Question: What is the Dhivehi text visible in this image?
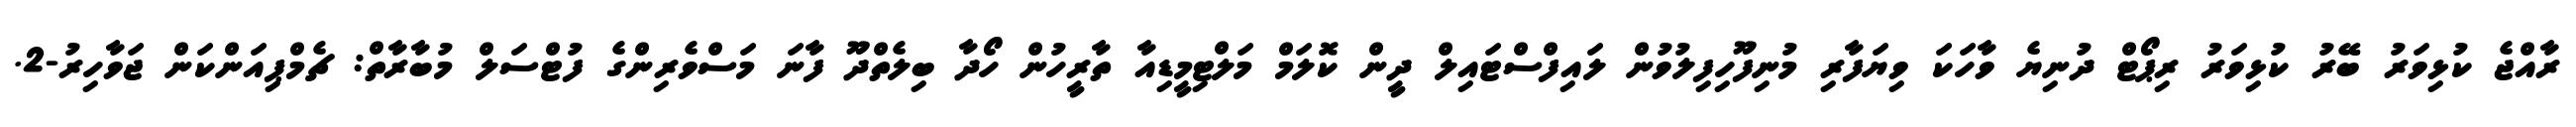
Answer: ރާއްޖެ ކުޅިވަރު ބޭރު ކުޅިވަރު ރިޕޯޓް ދުނިޔެ ވާހަކަ ވިޔަފާރި މުނިފޫހިފިލުވުން ލައިފްސްޓައިލް ދީން ކޮލަމް މަލްޓިމީޑިއާ ތާރީހުން ހޯދާ ބިލެތްދޫ ފާނަ މަސްވެރިންގެ ފުޓްސަލް މުބާރާތް: ޗެމްޕިއަންކަން ޖަވާހިރު-2.